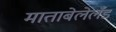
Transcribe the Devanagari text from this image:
माताबेलेलँड